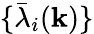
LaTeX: \{ {\bar{\lambda}}_{i}({\mathbf k})\}